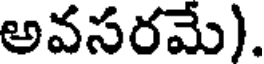
అవసరమే).